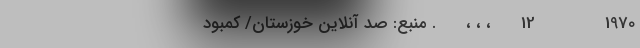
1970              12      ، ، ،      . منبع: صد آنلاین خوزستان/ کمبود